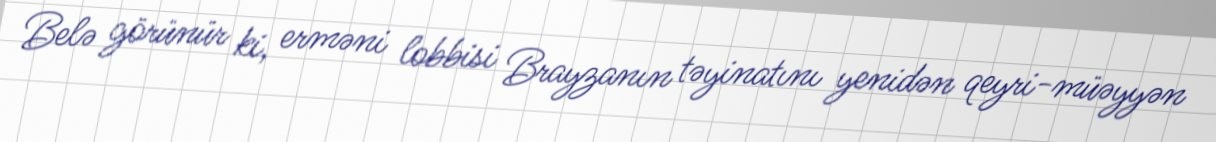
Belə görünür ki, erməni lobbisi Brayzanın təyinatını yenidən qeyri-müəyyən